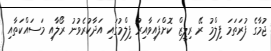
ޖުމާގެ ފުރަތަމަ ފިލްމު ރޭ ރިލީޒް ކޮށްފައިވާއިރު ފިލްމުގައި އަދާކުރެވުނު ރޯލާއި މަސައްކަތާއި